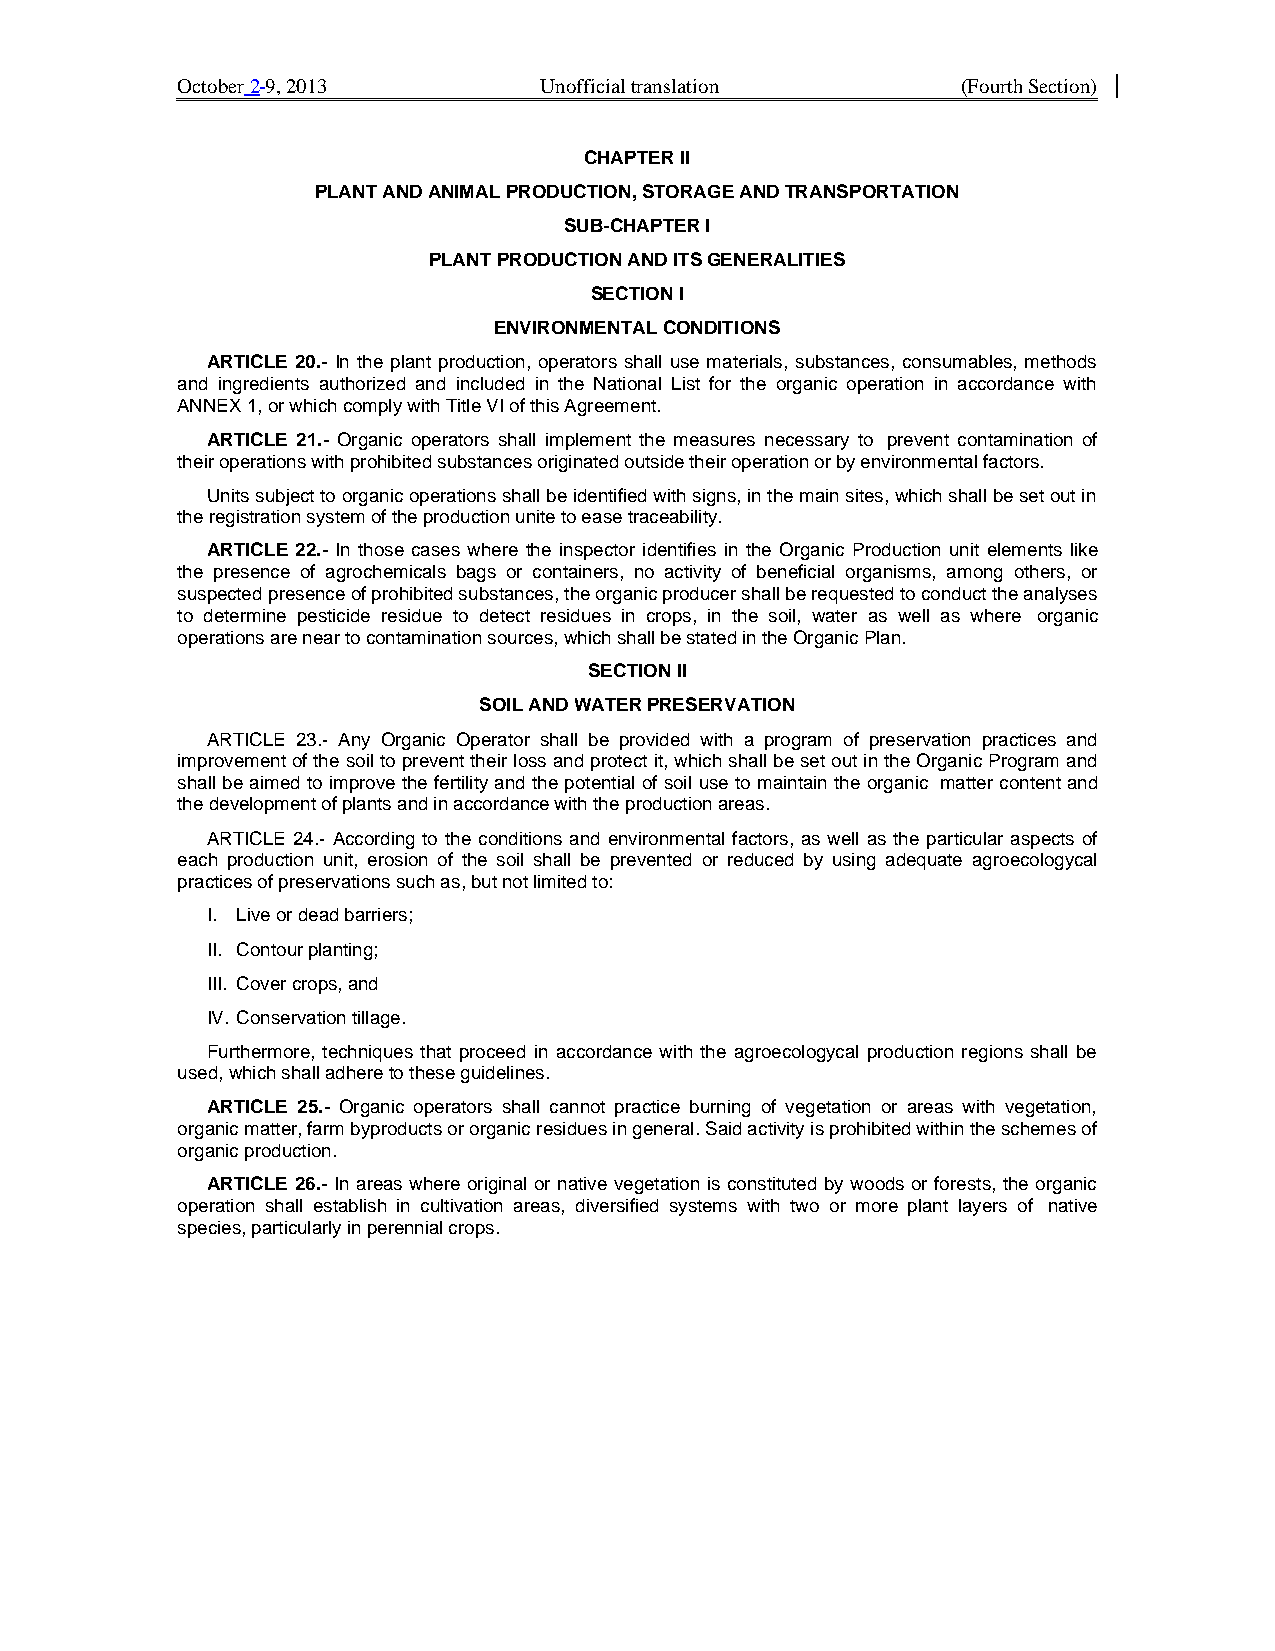
October 2 9, 2013       Unofficial translation      (Fourth Section)
 CHAPTER II
 PLANT AND ANIMAL PRODUCTION, STORAGE AND TRANSPORTATION
 SUB-CHAPTER I
 PLANT PRODUCTION AND ITS GENERALITIES
 SECTION I
 ENVIRONMENTAL CONDITIONS
 ARTICLE 20.- In the plant production, operators shall use materials, substances, consumables, methods
 and ingredients authorized and included in the National List for the organic operation in accordance with
 ANNEX 1, or which comply with Title VI of this Agreement.
 ARTICLE 21.- Organic operators shall implement the measures necessary to prevent contamination of
 their operations with prohibited substances originated outside their operation or by environmental factors.
 Units subject to organic operations shall be identified with signs, in the main sites, which shall be set out in
 the registration system of the production unite to ease traceability.
 ARTICLE 22.- In those cases where the inspector identifies in the Organic Production unit elements like
 the presence of agrochemicals bags or containers, no activity of beneficial organisms, among others, or
 suspected presence of prohibited substances, the organic producer shall be requested to conduct the analyses
 to determine pesticide residue to detect residues in crops, in the soil, water as well as where organic
 operations are near to contamination sources, which shall be stated in the Organic Plan.
 SECTION II
 SOIL AND WATER PRESERVATION
 ARTICLE 23.- Any Organic Operator shall be provided with a program of preservation practices and
 improvement of the soil to prevent their loss and protect it, which shall be set out in the Organic Program and
 shall be aimed to improve the fertility and the potential of soil use to maintain the organic matter content and
 the development of plants and in accordance with the production areas.
 ARTICLE 24.- According to the conditions and environmental factors, as well as the particular aspects of
 each production unit, erosion of the soil shall be prevented or reduced by using adequate agroecologycal
 practices of preservations such as, but not limited to:
 I. Live or dead barriers;
 II. Contour planting;
 III. Cover crops, and
 IV. Conservation tillage.
 Furthermore, techniques that proceed in accordance with the agroecologycal production regions shall be
 used, which shall adhere to these guidelines.
 ARTICLE 25.- Organic operators shall cannot practice burning of vegetation or areas with vegetation,
 organic matter, farm byproducts or organic residues in general. Said activity is prohibited within the schemes of
 organic production.
 ARTICLE 26.- In areas where original or native vegetation is constituted by woods or forests, the organic
 operation shall establish in cultivation areas, diversified systems with two or more plant layers of native
 species, particularly in perennial crops.